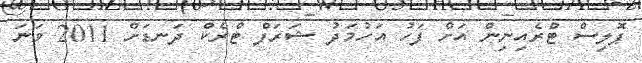
ޕޮލިސް ޓްރެއިނިން އަށް ފަހު އަހުމަދު ޝަރަފް ޓްރެކް ދަނޑަށް 2011 ވަނަ